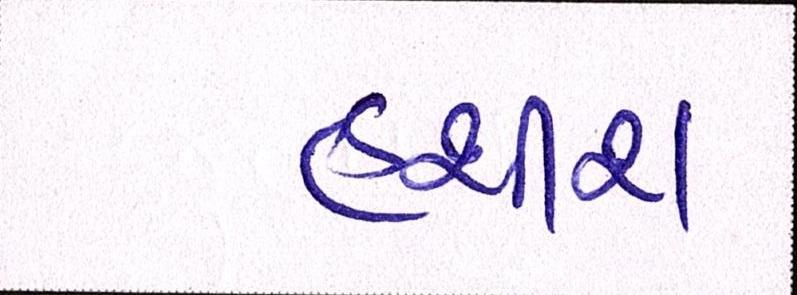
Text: હશીશ